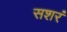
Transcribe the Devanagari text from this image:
सशरं